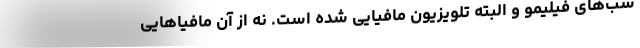
شب‌های فیلیمو و البته تلویزیون مافیایی شده است. نه از آن مافیاهایی